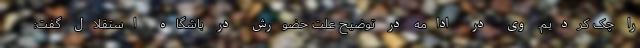
را چک کردیم. وی در ادامه در توضیح علت حضورش در باشگاه استقلال گفت: